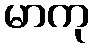
မာကု